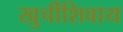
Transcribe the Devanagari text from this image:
खुर्चीशिवाय